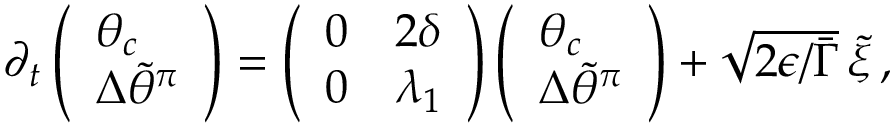
\begin{array} { r } { \partial _ { t } \left( \begin{array} { l } { \theta _ { c } } \\ { { \Delta \widetilde { \theta } ^ { \pi } } } \end{array} \right) = \left( \begin{array} { l l } { 0 } & { 2 \delta } \\ { 0 } & { \lambda _ { 1 } } \end{array} \right) \left( \begin{array} { l } { \theta _ { c } } \\ { { \Delta \widetilde { \theta } ^ { \pi } } } \end{array} \right) + \sqrt { 2 \epsilon / \bar { \Gamma } } \, \tilde { \xi } \, , } \end{array}